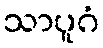
သာပူဂံ